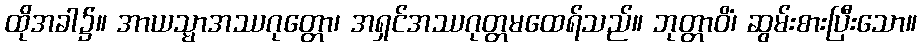
ထိုအခါ၌။ အာယသ္မာအဿဂုတ္တော၊ အရှင်အဿဂုတ္တမထေရ်သည်။ ဘုတ္တာဝိံ၊ ဆွမ်းစားပြီးသော။